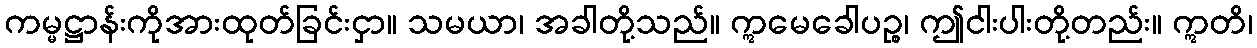
ကမ္မဋ္ဌာန်းကိုအားထုတ်ခြင်းငှာ။ သမယာ၊ အခါတို့သည်။ ဣမေခေါပဉ္စ၊ ဤငါးပါးတို့တည်း။ ဣတိ၊